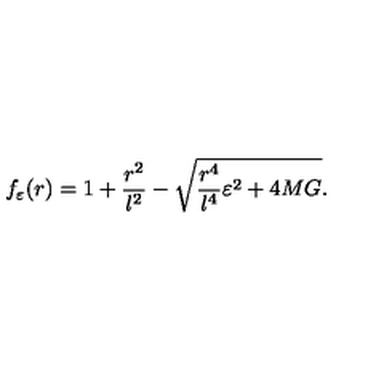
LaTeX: f _ { \varepsilon } ( r ) = 1 + { \frac { r ^ { 2 } } { l ^ { 2 } } } - \sqrt { { \frac { r ^ { 4 } } { l ^ { 4 } } } \varepsilon ^ { 2 } + 4 M G } .